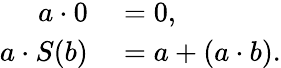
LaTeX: \begin{array}{rl}{a\cdot 0}&{{}=0,}\\ {a\cdot S(b)}&{{}=a+(a\cdot b).}\end{array}